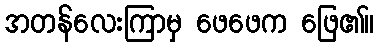
အတန်လေးကြာမှ ဖေဖေက ဖြေ၏။